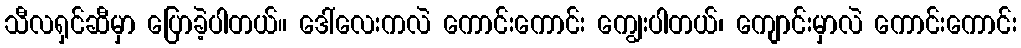
သီလရှင်ဆီမှာ ပြောခဲ့ပါတယ်။ ဒေါ်လေးကလဲ ကောင်းကောင်း ကျွေးပါတယ်၊ ကျောင်းမှာလဲ ကောင်းကောင်း